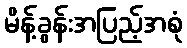
မိန့်ခွန်းအပြည့်အစုံ